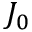
J _ { 0 }